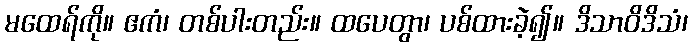
မထေရ်ကို။ ဧကံ၊ တစ်ပါးတည်း။ ထပေတွာ၊ ပစ်ထားခဲ့၍။ ဒိသာဝိဒိသံ၊